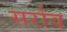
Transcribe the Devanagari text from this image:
सर्राव